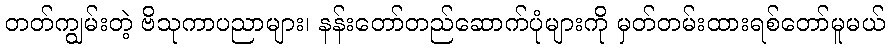
တတ်ကျွမ်းတဲ့ ဗိသုကာပညာများ၊ နန်းတော်တည်ဆောက်ပုံများကို မှတ်တမ်းထားရစ်တော်မူမယ်